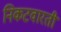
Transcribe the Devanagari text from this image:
निकटवारती